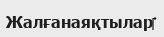
Жалғанаяқтылар‎‎‎